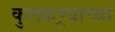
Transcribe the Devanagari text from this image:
कुलकण्र्याच्या